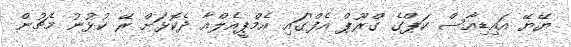
ޔޭޔޭ އައިޑިއާސް ކަޕްގެ 'ގްރޫޕް އެފް'ގައި އެމްޕީއެލްއާ ދެކޮޅަށް ރޭ ކުޅުނު މެޗުން